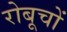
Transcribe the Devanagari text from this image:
रोबूचों